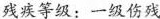
残疾等级：一级伤残